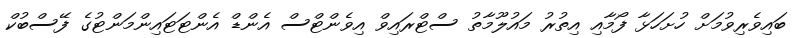
ބައިވެރިވުމަށް ހުށަހަޅާ ފޯމާއި އިތުރު މައުލޫމާތު ސްޓްރައިވް އިވެންޓްސް އެންޑް އެންޓަޓައިންމަންޓުގެ ފޭސްބުކް